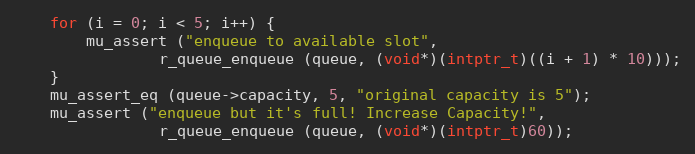
Language: C
	for (i = 0; i < 5; i++) {
		mu_assert ("enqueue to available slot",
				r_queue_enqueue (queue, (void*)(intptr_t)((i + 1) * 10)));
	}
	mu_assert_eq (queue->capacity, 5, "original capacity is 5");
	mu_assert ("enqueue but it's full! Increase Capacity!",
				r_queue_enqueue (queue, (void*)(intptr_t)60));